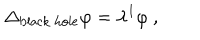
\Delta _ { \mathrm { b l a c k ~ h o l e } } \varphi = \lambda ^ { I } \varphi ~ ,